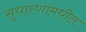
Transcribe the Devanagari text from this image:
सुधारणांमधील